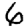
Digit: 6